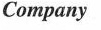
Company